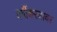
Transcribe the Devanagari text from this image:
वर्गीकरणावर